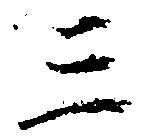
三